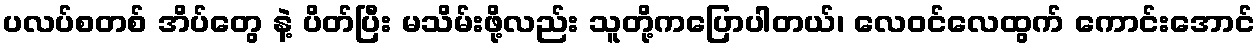
ပလပ်စတစ် အိပ်တွေ နဲ့ ပိတ်ပြီး မသိမ်းဖို့လည်း သူတို့ကပြောပါတယ်၊ လေဝင်လေထွက် ကောင်းအောင်